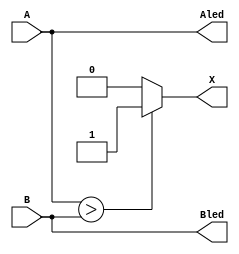
`timescale 1ns / 1ps
//////////////////////////////////////////////////////////////////////////////////
// Company: 
// Engineer: 
// 
// Design Name: 
// Module Name: lab2_4
// Project Name: 
// Target Devices: 
// Tool Versions: 
// Description: 
// 
// Dependencies: 
// 
// Revision:
// Revision 0.01 - File Created
// Additional Comments:
// 
//////////////////////////////////////////////////////////////////////////////////


module lab2_2(
input [3:0]A,B,
output [3:0]Aled,Bled,
output reg X
);
/*N4-bit input A,BO]wAled,BledAinputAledOW*/
    assign Aled[0]=A[0];
    assign Aled[1]=A[1];
    assign Aled[2]=A[2];
    assign Aled[3]=A[3];
   
    assign Bled[0]=B[0];
    assign Bled[1]=B[1];
    assign Bled[2]=B[2];
    assign Bled[3]=B[3];
   
/*APBjpAYA > BNX]1AYA ? BhNX]0*/
always@*
if(A>B)
X=1;
else
X=0;
    
endmodule